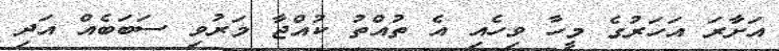
އަށާރަ އަހަރުގެ މީހާ ވިހެއި އެ ތުއްތު ކުއްޖާ މަރުވި ސަބަބެއް އަދި